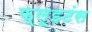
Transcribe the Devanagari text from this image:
फ्लूइटंस